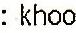
: KHOO